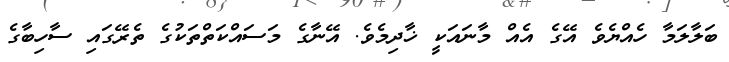
ބަލާލަމާ ހެއްޔެވެ އޭގެ އެއް މާނައަކީ ޚާދިމެވެ. އޭނާގެ މަސައްކަތްތަކުގެ ތެރޭގައި ސާހިބާގެ